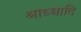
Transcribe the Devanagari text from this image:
श्राध्धादि